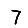
Digit: 7